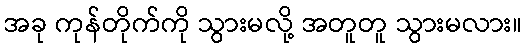
အခု ကုန်တိုက်ကို သွားမလို့ အတူတူ သွားမလား။